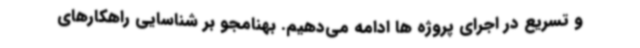
و تسریع در اجرای پروژه ها ادامه می‌دهیم. بهنامجو بر شناسایی راهکارهای